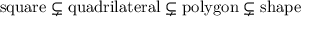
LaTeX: { \mathrm { s q u a r e } } \subsetneq { \mathrm { q u a d r i l a t e r a l } } \subsetneq { \mathrm { p o l y g o n } } \subsetneq { \mathrm { s h a p e } }